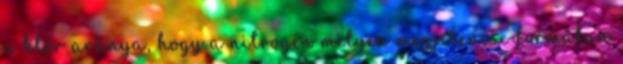
a klór aránya, hogy a nitrogén milyen megjelenési formában